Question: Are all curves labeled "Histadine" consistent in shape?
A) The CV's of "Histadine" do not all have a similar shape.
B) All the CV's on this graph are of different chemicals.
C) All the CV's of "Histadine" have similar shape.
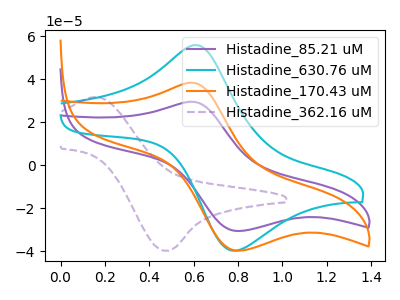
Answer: <think>The purple curve "Histadine_85.21 uM" has an anodic peak at (0.60V, 29.55uA) and a cathodic peak at (0.80V, -30.65uA). The cyan curve "Histadine_630.76 uM" has an anodic peak at (0.60V, 55.90uA) and a cathodic peak at (0.75V, -39.65uA). The orange curve "Histadine_170.43 uM" has an anodic peak at (0.60V, 38.40uA) and a cathodic peak at (0.80V, -39.80uA). The purple dashed curve "Histadine_362.16 uM" has an anodic peak at (0.15V, 31.70uA) and a cathodic peak at (0.45V, -39.80uA).
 All the peaks in "Histadine_85.21 uM" have a peak in "Histadine_630.76 uM" at the same potential. Every peak in "Histadine_85.21 uM" is lower than every peak in "Histadine_630.76 uM". All the peaks in "Histadine_85.21 uM" have a peak in "Histadine_170.43 uM" at the same potential. Every peak in "Histadine_85.21 uM" is lower than every peak in "Histadine_170.43 uM". "Histadine_85.21 uM" and "Histadine_362.16 uM" have at least one peak that do not match. All the peaks in "Histadine_630.76 uM" have a peak in "Histadine_170.43 uM" at the same potential. "Histadine_630.76 uM" and "Histadine_362.16 uM" have at least one peak that do not match. "Histadine_170.43 uM" and "Histadine_362.16 uM" have at least one peak that do not match.</think>
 <answer>C) All the CV's of "Histadine" have similar shape.</answer>
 <eval>C</eval>